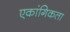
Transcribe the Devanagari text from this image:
एकांगिकता